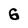
Character: G